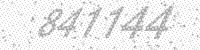
Solution: 841144